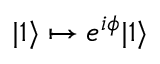
| 1 \rangle \mapsto e ^ { i \phi } | 1 \rangle